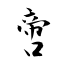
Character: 啻